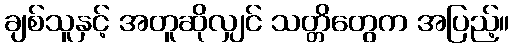
ချစ်သူနှင့် အတူဆိုလျှင် သတ္တိတွေက အပြည့်။